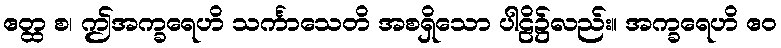
ဧတ္ထ စ၊ ဤအက္ခရေဟိ သင်္ကာသေတိ အစရှိသော ပါဠိ၌လည်း။ အက္ခရေဟိ ဧဝ